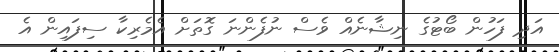
އަދި ފަހުން ބޯޓުގެ ނިޝާނެއް ވެސް ނުފެންނަ ގޮތަށް އެމެރިކާ ސިފައިން އެ